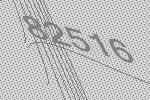
82516